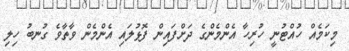
މިކަމެއް ހުއްޓުނީ ހުރިހާ އެންމެންގެ ދަށްފައިން ފޮޅުލައި އެންމެން ވާތާވެ ގުނބު ހިލި